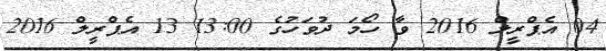
04 އެޕްރީލް 2016 ވާ ހޯމަ ދުވަހުގެ 13:00 13 އެޕްރީލް 2016